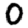
Digit: 0